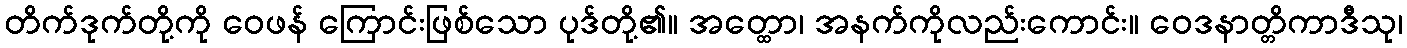
တိက်ဒုက်တို့ကို ဝေဖန် ကြောင်းဖြစ်သော ပုဒ်တို့၏။ အတ္ထော၊ အနက်ကိုလည်းကောင်း။ ဝေဒနာတ္တိကာဒီသု၊